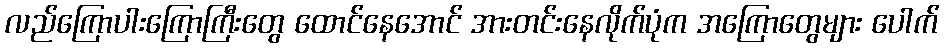
လည်ကြောပါးကြောကြီးတွေ ထောင်နေအောင် အားတင်းနေလိုက်ပုံက အကြောတွေများ ပေါက်